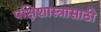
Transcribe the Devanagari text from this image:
पक्षिशास्त्रासाठी